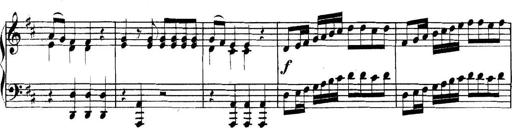
Title: Collected Piano Sonatas
Composer: Muzio Clementi